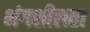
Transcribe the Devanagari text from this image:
भंगशीलता